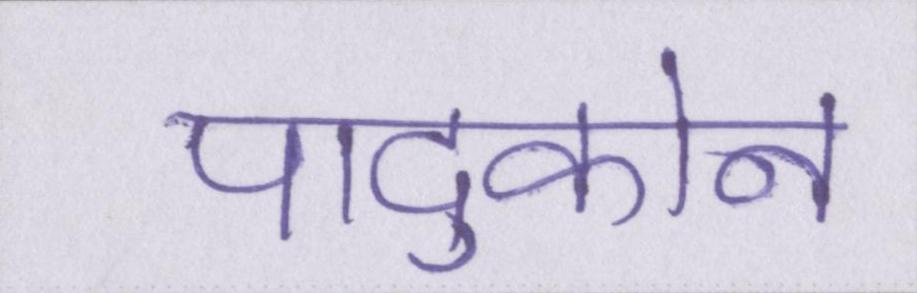
पादुकोन